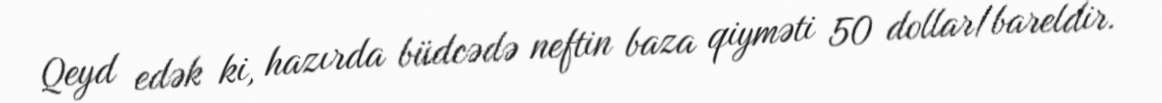
Qeyd edək ki, hazırda büdcədə neftin baza qiyməti 50 dollar/bareldir.